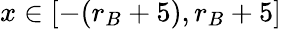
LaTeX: x\in[-(r_{B}+5),r_{B}+5]